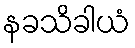
နခသိခါယံ